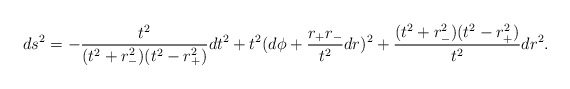
\begin{align*}ds^2 = -\frac{t^2}{(t^2 + r_-^2)(t^2-r_+^2)}dt^2 +t^2 (d\phi +\frac{r_+ r_-}{t^2} dr)^2 +\frac{(t^2 + r_-^2)(t^2-r_+^2)}{t^2} dr^2 .\end{align*}